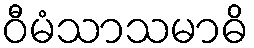
ဝီမံသာသမာဓိ